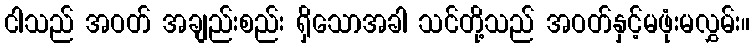
ငါသည် အဝတ် အချည်းစည်း ရှိသောအခါ သင်တို့သည် အဝတ်နှင့်မဖုံးမလွှမ်း။